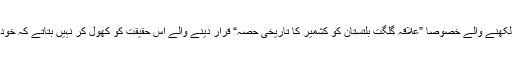
مگر دلچسپ بات یہ ہے کہ ”تنازعہ کشمیر“ پر بڑھ چڑھ کر بولنے اور لکھنے والے خصوصا ”علاقہ گلگت بلتستان کو کشمیر کا تاریخی حصہ“ قرار دینے والے اس حقیقت کو کھول کر نہیں بتاتے کہ خود ”علاقہ کشمیر“ کی سیاسی حیثیت کیا تھی اور یہاں کیا سے کیا ہوتا رہا۔